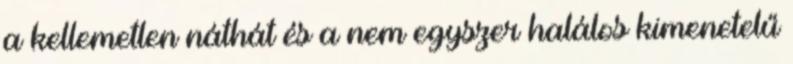
a kellemetlen náthát és a nem egyszer halálos kimenetelű